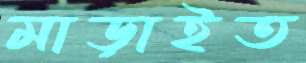
মাড়াইত